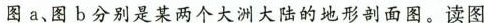
图a、图b分别是某两个大洲大陆的地形剖面图。读图